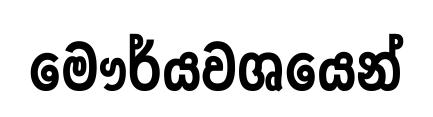
මෞර්යවශයෙන්